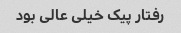
رفتار پیک خیلی عالی بود